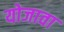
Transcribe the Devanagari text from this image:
योजावा